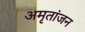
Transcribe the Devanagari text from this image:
अमृतांजन